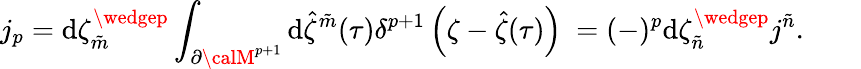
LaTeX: j_{p}=\mathrm{d}\zeta_{\tilde{{m}}}^{\wedgep}\int_{\partial{\calM}^{p+1}}\mathrm{d}{\hat{{\zeta}}}^{\tilde{{m}}}(\tau)\delta^{p+1}\left(\zeta-{\hat{{\zeta}}}(\tau)\right)~=(-)^{p}\mathrm{d}\zeta_{\tilde{{n}}}^{\wedgep}j^{\tilde{{n}}}.\qquad